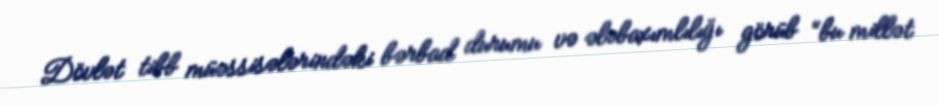
Dövlət tibb müəssisələrindəki bərbad durumu və ələbaxımlılığı görüb “bu millət